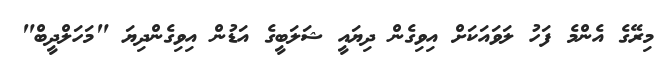
މިރޭގެ އެންމެ ފަހު ލަވައަކަށް އިވިގެން ދިޔައީ ޝަލަބީގެ އަޑުން އިވިގެންދިޔަ "މަހަލްދީބް"